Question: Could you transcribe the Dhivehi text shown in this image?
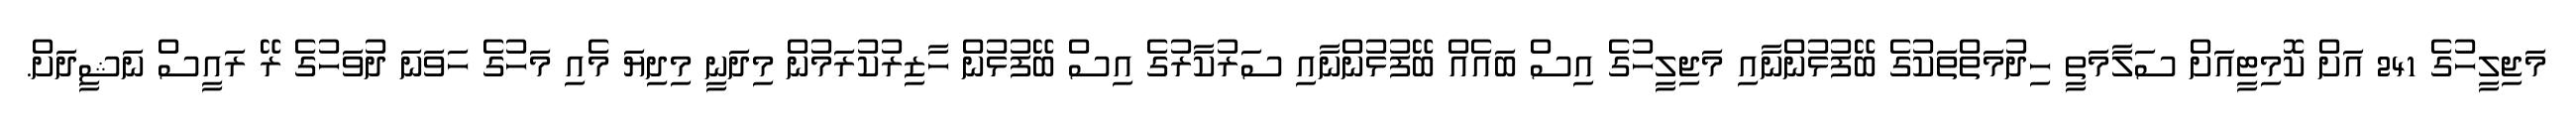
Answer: މަޖިލީހުގެ 241 އަށް ކޮމިޓީއަށް ސަލާމަތީ ހިދުމަތްތަކުގެ ބޭފުޅުންނާއި މަޖިލީހުގެ އިސް ބައެއް ބޭފުޅުންނާއި ސަރުކާރުގެ އިސް ބޭފުޅުން ހާޒިރުކުރަމުން މިދަނީ މިދިޔަ މެއި މަހުގެ ހަވަނަ ދުވަހުގެ ރޭ ރައީސް ނަޝީދަށް.